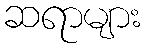
ဆရာများ